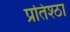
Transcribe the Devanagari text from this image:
प्रतिश्ठा